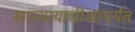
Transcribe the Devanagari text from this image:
सरन्यायाधीशापर्यंत